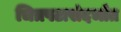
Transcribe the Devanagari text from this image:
चित्रपटासंदर्भात